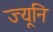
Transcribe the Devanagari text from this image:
ज्यूनि